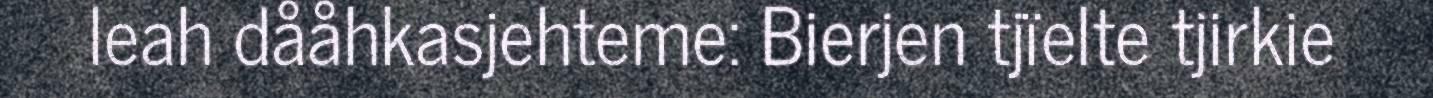
leah dååhkasjehteme: Bierjen tjïelte tjirkie